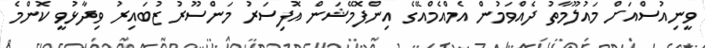
ވީނިއުސްއަށް މައުލޫމާތު ދެއްވަމުން އެމްއެމްއޭގެ އިންފޮމޭޝަން އޮފިސަރު މަންސޫރު ޒުބައިރު ވިދާޅުވީ ކޮންމެ